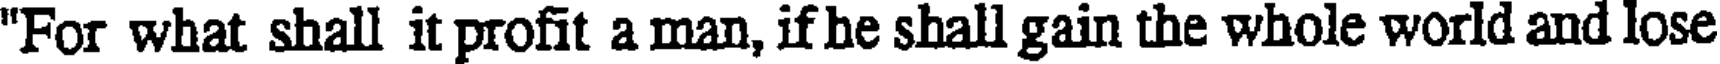
"For what shall it profit a man, if he shall gain the whole world and lose